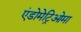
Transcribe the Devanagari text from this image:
एंडोमेट्रिओमा